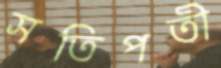
সতিপতী